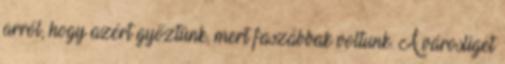
arról, hogy azért győztünk, mert faszábbak voltunk. A városliget